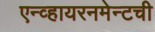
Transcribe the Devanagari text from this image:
एन्व्हायरनमेन्टची